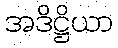
အဒိဋ္ဌိယာ